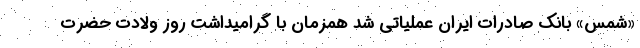
«شمس» بانک صادرات ایران عملیاتی شد همزمان با گرامیداشت روز ولادت حضرت